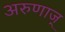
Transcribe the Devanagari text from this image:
अरुणाज्